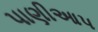
પાણીઆપ